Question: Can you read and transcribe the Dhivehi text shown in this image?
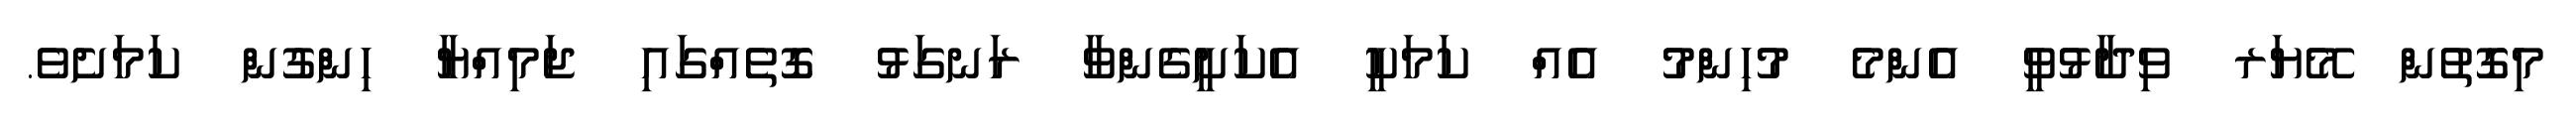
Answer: މިގޮތުން މޭޔަރ ވިދާޅުވީ އެންމެ މުހިންމު އެއް ކަމަކީ އެކަށީގެންވާ ރަނގަޅު ގޮތެއްގައި ޖަމިއްޔާ ހިންގުން ކަމަށެވެ.